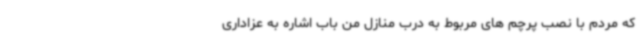
که مردم با نصب پرچم های مربوط به درب منازل من باب اشاره به عزاداری